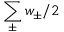
\sum _ { \pm } w _ { \pm } / 2